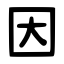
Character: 因